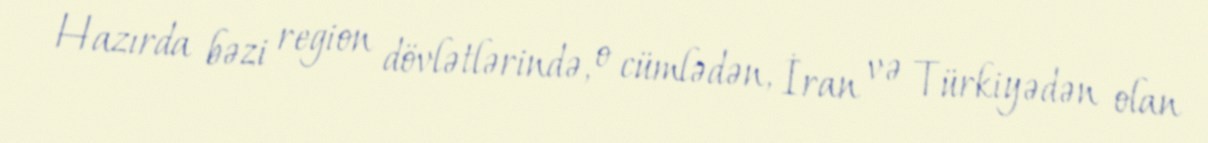
Hazırda bəzi region dövlətlərində, o cümlədən, İran və Türkiyədən olan